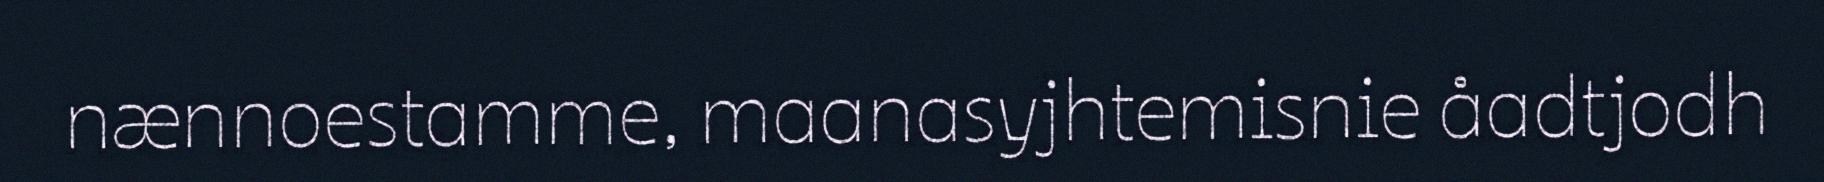
nænnoestamme, maanasyjhtemisnie åadtjodh